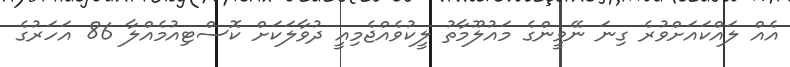
އެއް ލައްކައަށްވުރެ ގިނަ ނޭވީންގެ މައުލޫމާތު ލީކުވެއްޖެމިއީ ދުވާލަކަށް ކޮސްޓިއުމެއްލާ 86 އަހަރުގެ